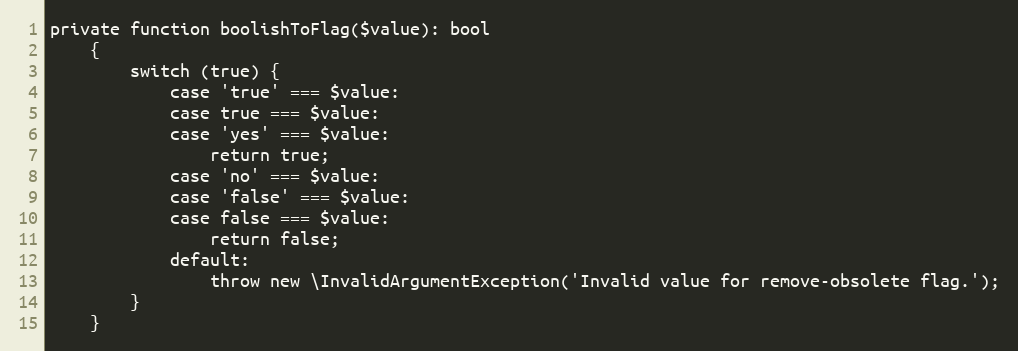
Language: PHP
private function boolishToFlag($value): bool
    {
        switch (true) {
            case 'true' === $value:
            case true === $value:
            case 'yes' === $value:
                return true;
            case 'no' === $value:
            case 'false' === $value:
            case false === $value:
                return false;
            default:
                throw new \InvalidArgumentException('Invalid value for remove-obsolete flag.');
        }
    }